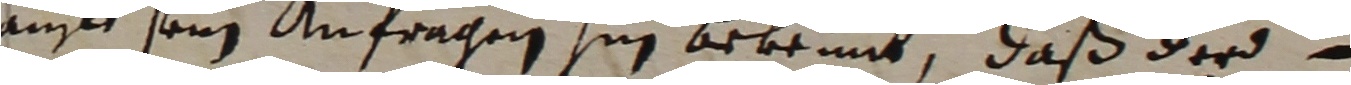
auff sein anfragen hin bekennt, daß der